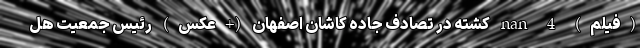
(فیلم) nan 4 کشته در تصادف جاده کاشان اصفهان (+عکس) رئیس جمعیت هل